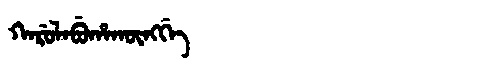
Manchu: ᡴᠠᡵᡠᠯᠠᠪᡠᡥᠠᡴᡡᠩᡤᡝ
Romanization: KARULABUHAKŪNGGE